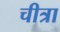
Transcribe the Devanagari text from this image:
चीत्रा